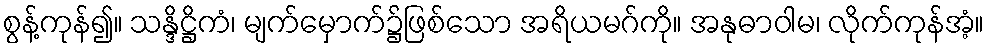
စွန့်ကုန်၍။ သန္ဒိဋ္ဌိကံ၊ မျက်မှောက်၌ဖြစ်သော အရိယမဂ်ကို။ အနုဓာဝါမ၊ လိုက်ကုန်အံ့။